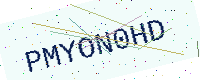
Text: PMYON0HD